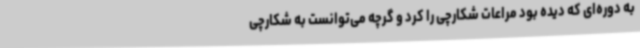
به دوره‌ای که دیده بود مراعات شکارچی را کرد و گرچه می‌توانست به شکارچی